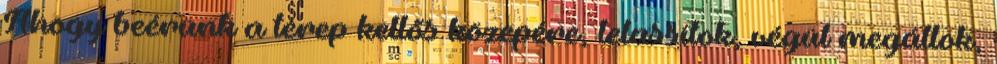
Ahogy beérünk a terep kellős közepére, lelassítok, végül megállok,